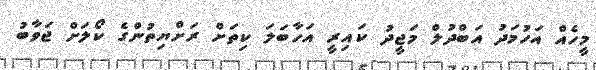
މީހެއް އަހުމަދު އަބްދުލް މަޖީދު ކައިރީ އަހާބަލަ ކިތަށް ރަށްޔިތުންގެ ކޯލަށް ޖަވާބު